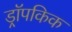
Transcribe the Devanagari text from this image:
ड्रॉपकिक